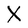
Character: X